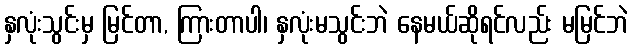
နှလုံးသွင်းမှ မြင်တာ, ကြားတာပါ၊ နှလုံးမသွင်းဘဲ နေမယ်ဆိုရင်လည်း မမြင်ဘဲ